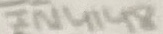
Text: 1N4148